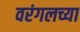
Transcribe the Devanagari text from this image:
वरंगलच्या